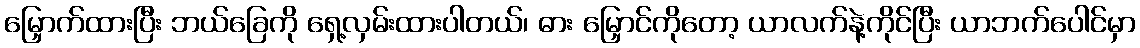
မြှောက်ထားပြီး ဘယ်ခြေကို ရှေ့လှမ်းထားပါတယ်၊ ဓား မြှောင်ကိုတော့ ယာလက်နဲ့ကိုင်ပြီး ယာဘက်ပေါင်မှာ